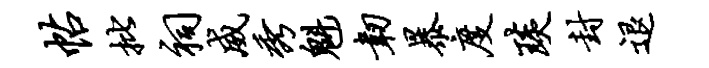
帖批祠威秀魁韧暴度琰封退